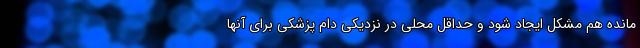
مانده هم مشکل ایجاد شود و حداقل محلی در نزدیکی دام پزشکی برای آنها